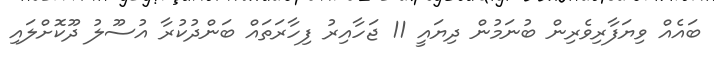
ބައެއް ވިޔަފާރިވެރިން ބުނަމުން ދިޔައީ 11 ޖަހާއިރު ފިހާރަތައް ބަންދުކުރާ އުސޫލު ދޫކޮށްލައި